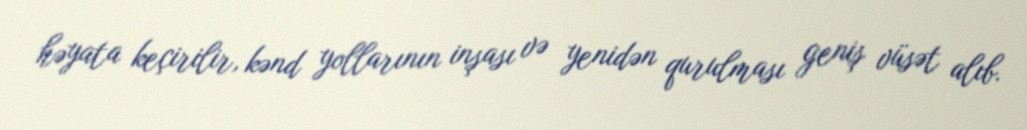
həyata keçirilir, kənd yollarının inşası və yenidən qurulması geniş vüsət alıb.